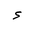
Letter: _hamza